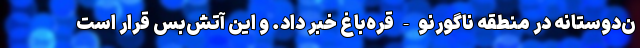
ن‌دوستانه در منطقه ناگورنو-قره‌باغ خبر داد. و این آتش‌بس قرار است